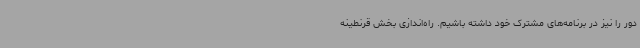
دور را نیز در برنامه‌های مشترک خود داشته باشیم. راه‌اندازی بخش قرنطینه